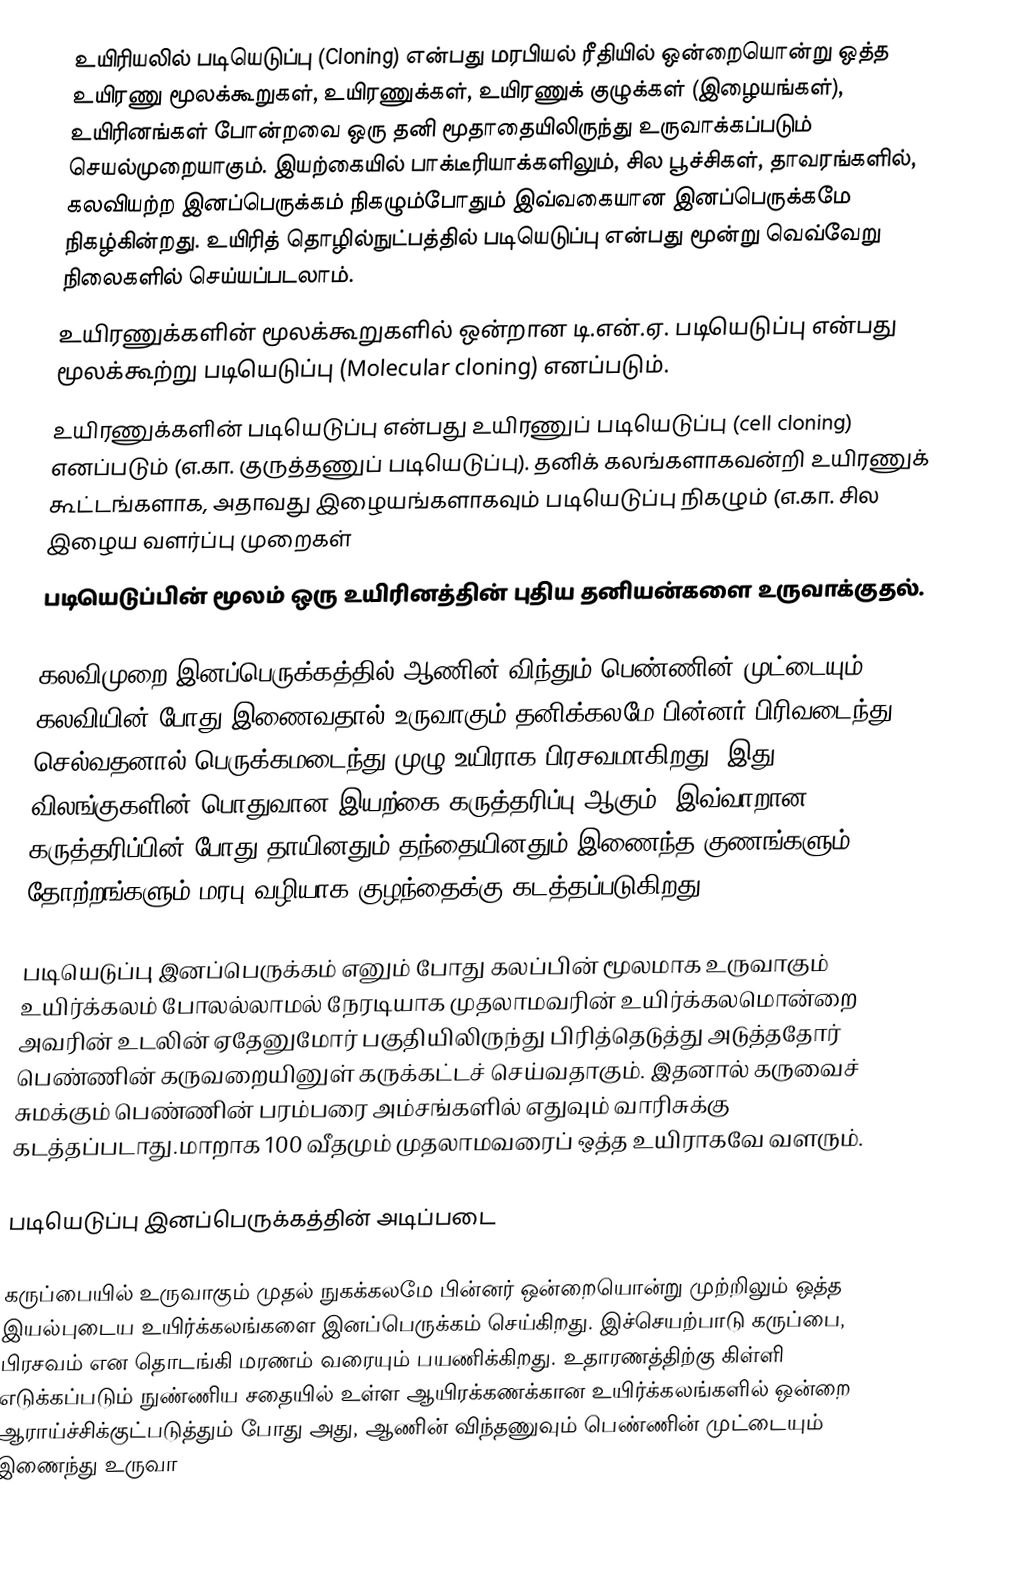
உயிரியலில் படியெடுப்பு (Cloning) என்பது மரபியல் ரீதியில் ஒன்றையொன்று ஒத்த உயிரணு மூலக்கூறுகள், உயிரணுக்கள், உயிரணுக் குழுக்கள் (இழையங்கள்), உயிரினங்கள் போன்றவை ஒரு தனி மூதாதையிலிருந்து உருவாக்கப்படும் செயல்முறையாகும். இயற்கையில் பாக்டீரியாக்களிலும், சில பூச்சிகள், தாவரங்களில், கலவியற்ற இனப்பெருக்கம் நிகழும்போதும் இவ்வகையான இனப்பெருக்கமே நிகழ்கின்றது. உயிரித் தொழில்நுட்பத்தில் படியெடுப்பு என்பது மூன்று வெவ்வேறு நிலைகளில் செய்யப்படலாம்.
 உயிரணுக்களின் மூலக்கூறுகளில் ஒன்றான டி.என்.ஏ. படியெடுப்பு என்பது மூலக்கூற்று படியெடுப்பு (Molecular cloning) எனப்படும்.
 உயிரணுக்களின் படியெடுப்பு என்பது உயிரணுப் படியெடுப்பு (cell cloning) எனப்படும் (எ.கா. குருத்தணுப் படியெடுப்பு). தனிக் கலங்களாகவன்றி உயிரணுக் கூட்டங்களாக, அதாவது இழையங்களாகவும் படியெடுப்பு நிகழும் (எ.கா. சில இழைய வளர்ப்பு முறைகள்
 படியெடுப்பின் மூலம் ஒரு உயிரினத்தின் புதிய தனியன்களை உருவாக்குதல்.

கலவிமுறை இனப்பெருக்கத்தில் ஆணின் விந்தும் பெண்ணின் முட்டையும் கலவியின் போது இணைவதால் உருவாகும் தனிக்கலமே பின்னர் பிரிவடைந்து செல்வதனால் பெருக்கமடைந்து முழு உயிராக பிரசவமாகிறது. இது விலங்குகளின் பொதுவான இயற்கை கருத்தரிப்பு ஆகும். இவ்வாறான கருத்தரிப்பின் போது தாயினதும் தந்தையினதும் இணைந்த குணங்களும் தோற்றங்களும் மரபு வழியாக குழந்தைக்கு கடத்தப்படுகிறது.

படியெடுப்பு இனப்பெருக்கம் எனும் போது கலப்பின் மூலமாக உருவாகும் உயிர்க்கலம் போலல்லாமல் நேரடியாக முதலாமவரின் உயிர்க்கலமொன்றை அவரின் உடலின் ஏதேனுமோர் பகுதியிலிருந்து பிரித்தெடுத்து அடுத்ததோர் பெண்ணின் கருவறையினுள் கருக்கட்டச் செய்வதாகும். இதனால் கருவைச் சுமக்கும் பெண்ணின் பரம்பரை அம்சங்களில் எதுவும் வாரிசுக்கு கடத்தப்படாது.மாறாக 100 வீதமும் முதலாமவரைப் ஒத்த உயிராகவே வளரும்.

படியெடுப்பு இனப்பெருக்கத்தின் அடிப்படை

கருப்பையில் உருவாகும் முதல் நுகக்கலமே பின்னர் ஒன்றையொன்று முற்றிலும் ஒத்த இயல்புடைய உயிர்க்கலங்களை இனப்பெருக்கம் செய்கிறது. இச்செயற்பாடு கருப்பை, பிரசவம் என தொடங்கி மரணம் வரையும் பயணிக்கிறது. உதாரணத்திற்கு கிள்ளி எடுக்கப்படும் நுண்ணிய சதையில் உள்ள ஆயிரக்கணக்கான உயிர்க்கலங்களில் ஒன்றை ஆராய்ச்சிக்குட்படுத்தும் போது அது, ஆணின் விந்தணுவும் பெண்ணின் முட்டையும் இணைந்து உருவா